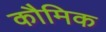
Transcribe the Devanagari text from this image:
कौमिक